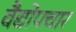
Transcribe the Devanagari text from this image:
वैद्योपचार